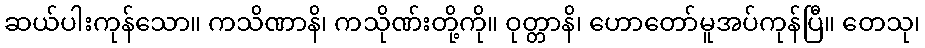
ဆယ်ပါးကုန်သော။ ကသိဏာနိ၊ ကသိုဏ်းတို့ကို။ ဝုတ္တာနိ၊ ဟောတော်မူအပ်ကုန်ပြီ။ တေသု၊